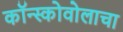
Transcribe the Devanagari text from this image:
कॉन्स्कोवोलाचा